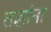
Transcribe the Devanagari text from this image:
तज्ञांना